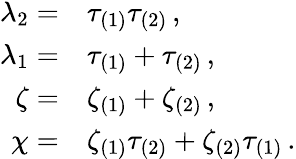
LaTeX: \begin{array}{rl}{\lambda_{2}=}&{\tau_{(1)}\tau_{(2)}\, ,}\\ {\lambda_{1}=}&{\tau_{(1)}+\tau_{(2)}\, ,}\\ {\zeta=}&{\zeta_{(1)}+\zeta_{(2)}\, ,}\\ {\chi=}&{\zeta_{(1)}\tau_{(2)}+\zeta_{(2)}\tau_{(1)}\, .}\end{array}